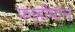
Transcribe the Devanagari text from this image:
फाहीयान